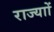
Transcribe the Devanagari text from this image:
राज्याों